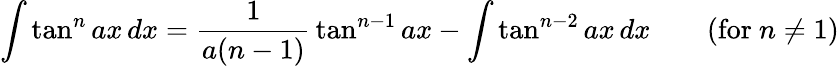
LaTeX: \int\tan^{n}ax\, dx={\frac{1}{a(n-1)}}\tan^{n-1}ax-\int\tan^{n-2}ax\, dx\qquad{\mathrm{(for~}}n\neq 1{\mathrm{)}}